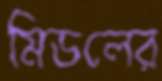
মিডলের